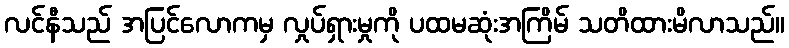
လင်နီသည် အပြင်လောကမှ လှုပ်ရှားမှုကို ပထမဆုံးအကြိမ် သတိထားမိလာသည်။